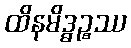
ထိနမိဒ္ဓဉ္စဿ